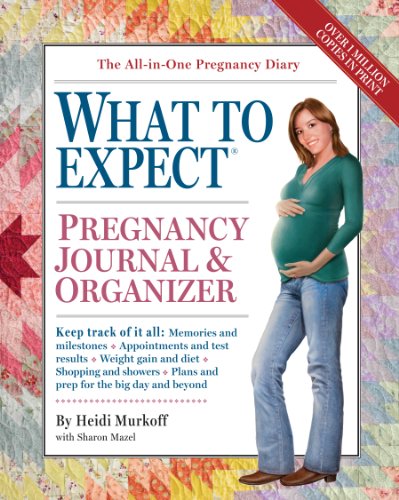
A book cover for The What to Expect Pregnancy Journal & Organizer; Heidi Murkoff; Parenting & Relationships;